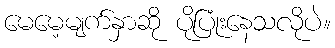
မေမေ့မျက်နှာဆို ပိုပြုံးနေသလိုပဲ။